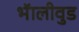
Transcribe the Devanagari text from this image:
भॅालीवुड